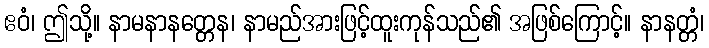
ဧဝံ၊ ဤသို့။ နာမနာနတ္တေန၊ နာမည်အားဖြင့်ထူးကုန်သည်၏ အဖြစ်ကြောင့်။ နာနတ္တံ၊